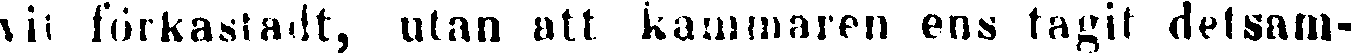
vit förkastadt, utan att kammaren ens tagit detsam-